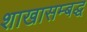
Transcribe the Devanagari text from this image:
शाखासम्बद्ध